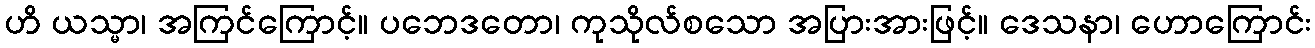
ဟိ ယသ္မာ၊ အကြင်ကြောင့်။ ပဘေဒတော၊ ကုသိုလ်စသော အပြားအားဖြင့်။ ဒေသနာ၊ ဟောကြောင်း